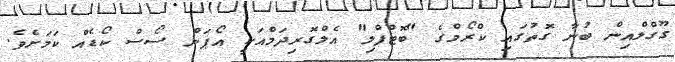
ގޫގްލްއިން ބުނާ ގޮތުގައި ކްރޯމްގެ "ބޮޓްފްލި" އެލްގޮރިދަމްއަކީ އޯޕަން ސޯސް ކޯޑެއް ކަމަށެވެ.